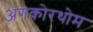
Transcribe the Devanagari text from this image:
अंगकोरथोम